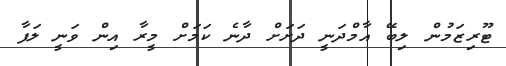
ޓޫރިޒަމުން ލިބޭ އާމްދަނީ ދަށަށް ދާނެ ކަމަށް މީރާ އިން ވަނީ ލަފާ